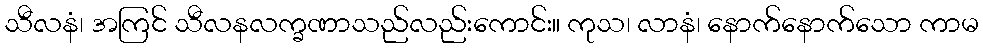
သီလနံ၊ အကြင် သီလနလက္ခဏာသည်လည်းကောင်း။ ကုသ၊ လာနံ၊ နောက်နောက်သော ကာမ